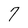
Character: 7